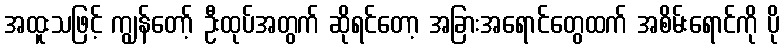
အထူးသဖြင့် ကျွန်တော့် ဦးထုပ်အတွက် ဆိုရင်တော့ အခြားအရောင်တွေထက် အစိမ်းရောင်ကို ပို